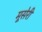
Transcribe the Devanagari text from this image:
मूसेरी